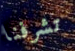
تشرفنا